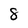
Character: 8